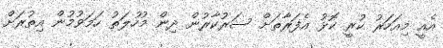
އެއީ މިއަހަރު ކުރީ ކޮޅު އެފަރާތަށް ސަރުކާރުން ދިން މުހުލަތު ހަމަވުމުން އިތުރަށް